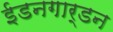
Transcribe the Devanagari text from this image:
ईडनगार्डन